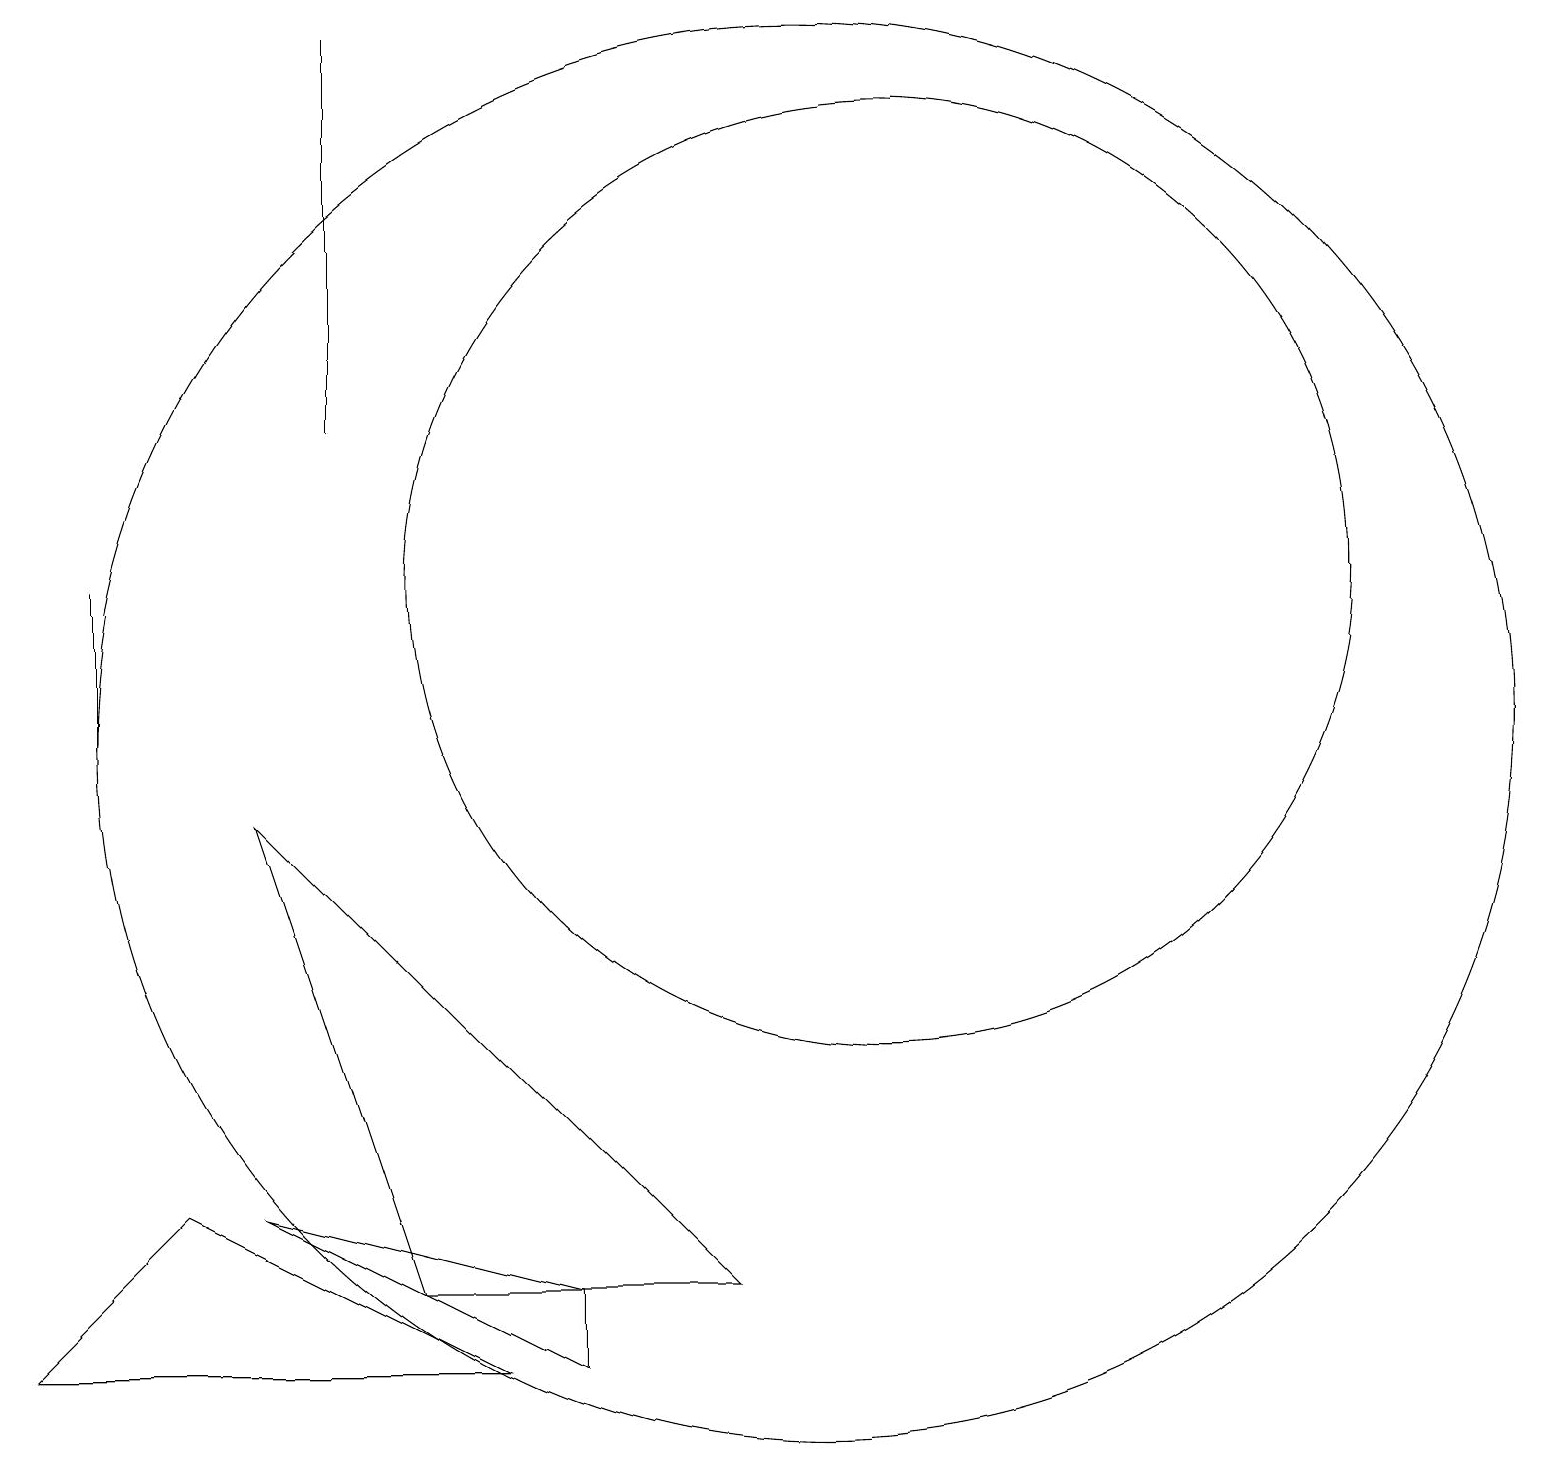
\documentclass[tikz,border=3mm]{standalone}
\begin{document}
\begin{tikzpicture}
\draw (11,12) circle (6);
\draw (0,2) -- (6,2) -- (2,4) -- cycle;
\draw (1,12) rectangle (1,10);
\draw (10,10) circle (9);
\draw (4,14) rectangle (4,19);
\draw (5,3) -- (9,3) -- (3,9) -- cycle;
\draw (3,4) -- (7,2) -- (7,3) -- cycle;
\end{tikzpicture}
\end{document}